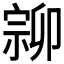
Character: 𡩰